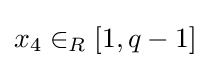
x_{4}\in _{R}[1,q-1]